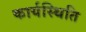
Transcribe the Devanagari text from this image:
कार्यस्थिति